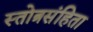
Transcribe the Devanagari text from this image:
स्तोत्रसंहिता